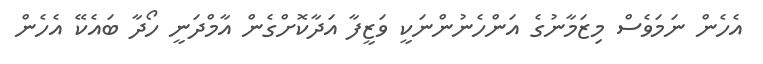
އެހެން ނަމަވެސް މިޒަމާނުގެ އަންހެނުންނަކީ ވަޒީފާ އަދާކޮށްގެން އާމްދަނީ ހޯދާ ބައެކޭ އެހެން